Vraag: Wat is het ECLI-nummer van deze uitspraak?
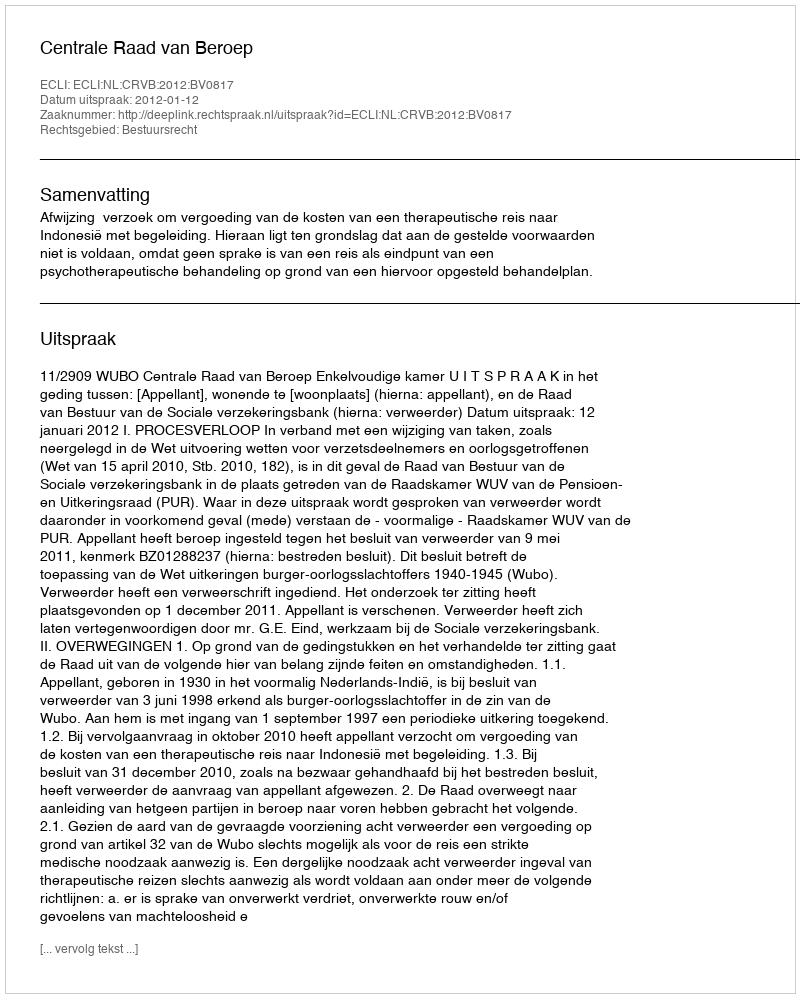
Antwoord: ECLI:NL:CRVB:2012:BV0817